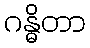
ဂန္ဓိတာ